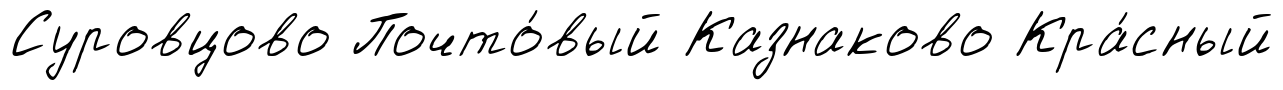
Суровцово Почто́вый Казнаково Кра́сный